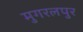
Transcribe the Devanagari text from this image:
मुगरलपुर